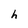
Character: h